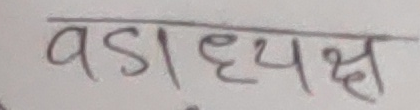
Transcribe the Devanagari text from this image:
वडाध्यक्ष